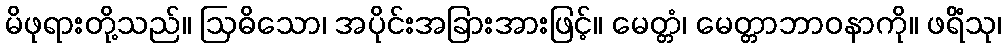
မိဖုရားတို့သည်။ ဩဓိသော၊ အပိုင်းအခြားအားဖြင့်။ မေတ္တံ၊ မေတ္တာဘာဝနာကို။ ဖရိံသု၊